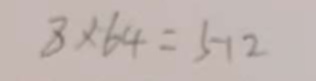
8 \times 6 4 = 5 1 2